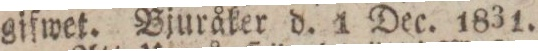
gifwet. Bjuråker d. 1 Dec. 1831.